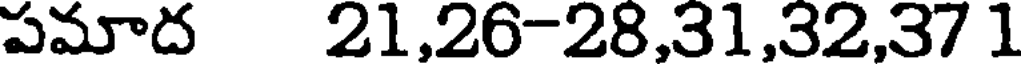
పమాద 21,26-28,31,32,37 1